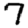
Digit: 7